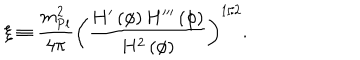
LaTeX: \xi \equiv { \frac { m _ { \mathrm { P l } } ^ { 2 } } { 4 \pi } } \left( { \frac { H ^ { \prime } \left( \phi \right) H ^ { \prime \prime \prime } \left( \phi \right) } { H ^ { 2 } \left( \phi \right) } } \right) ^ { 1 / 2 } .